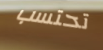
تحتسب